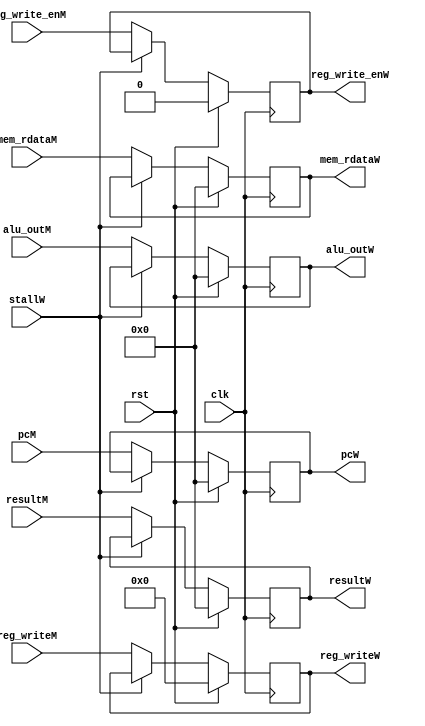
module M_to_W (
    input wire clk, rst,
    input wire stallW,
    input wire [31:0] pcM,
    input wire [31:0] alu_outM,
    input wire [4:0] reg_writeM,
    input wire reg_write_enM,
    input wire [31:0] mem_rdataM,
    input wire [31:0] resultM,


    output reg [31:0] pcW,
    output reg [31:0] alu_outW,
    output reg [4:0] reg_writeW,
    output reg reg_write_enW,
    output reg [31:0] mem_rdataW,
    output reg [31:0] resultW
);
    always @(posedge clk) begin
        if(rst) begin
            pcW <= 0;
            alu_outW <= 0;
            reg_writeW <= 0;
            reg_write_enW <= 0;
            mem_rdataW <= 0;
            resultW <= 0;
        end
        else if(~stallW) begin
            pcW <= pcM;
            alu_outW <= alu_outM;
            reg_writeW <= reg_writeM;
            reg_write_enW <= reg_write_enM;
            mem_rdataW <= mem_rdataM;
            resultW <= resultM;
        end
    end
endmodule